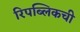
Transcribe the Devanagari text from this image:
रिपब्लिकची